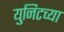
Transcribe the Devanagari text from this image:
युनिटच्या